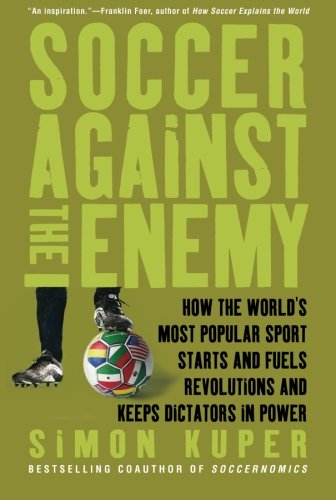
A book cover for Soccer Against the Enemy: How the World's Most Popular Sport Starts and Fuels Revolutions and Keeps Dictators in Power; Simon Kuper; Sports & Outdoors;